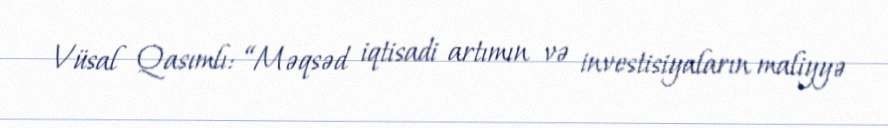
Vüsal Qasımlı: “Məqsəd iqtisadi artımın və investisiyaların maliyyə